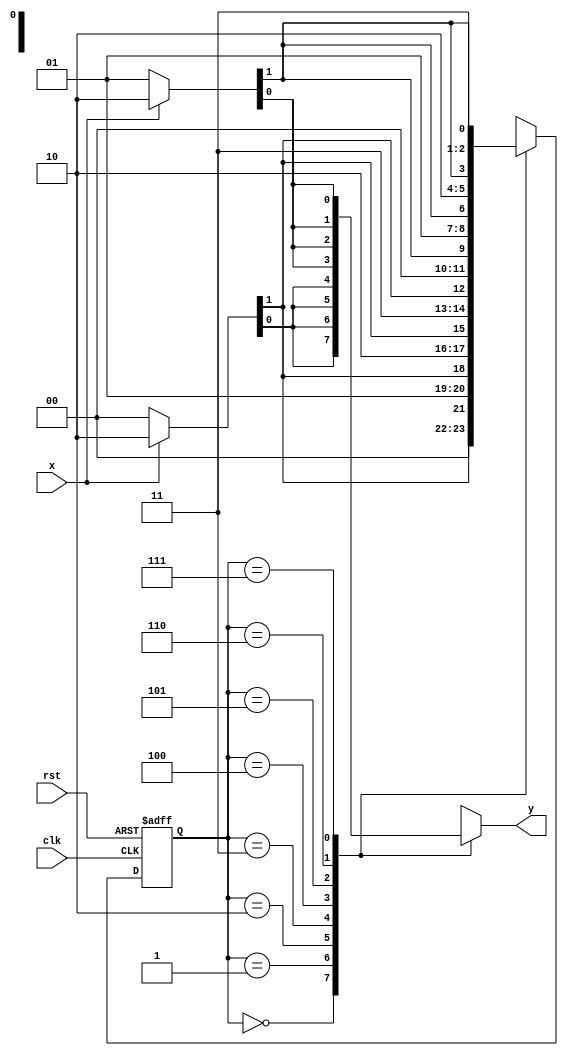
module pattern_1XX0
(input clk,rst,x,
output reg y);

reg [2:0]ps,ns;
parameter gN = 3'b000,
		g1 = 3'b001,
		g10 = 3'b010,
		g11 = 3'b011,
		g100 = 3'b100,
		g101 = 3'b101,
		g110 = 3'b110,
		g111 = 3'b111;

always @(posedge clk, negedge rst)
begin
	if(!rst)
		ps <= gN;
	else
		ps <= ns;
end

always @(x,ps)
begin
	case(ps)
		gN : begin
				if(x)
					{ns,y} = {g1,1'b0};
				else
					{ns,y} = {gN,1'b0};
			 end
		g1 : begin
				if(x)
					{ns,y} = {g11,1'b0};
				else
					{ns,y} = {g10,1'b0};
			 end
		g10 : begin
				if(x)
					{ns,y} = {g101,1'b0};
				else
					{ns,y} = {g100,1'b0};
			 end
		g11 : begin
				if(x)
					{ns,y} = {g111,1'b0};
				else
					{ns,y} = {g110,1'b0};
			 end
		g100 :begin
				if(x)
					{ns,y} = {g1,1'b0};
				else
					{ns,y} = {gN,1'b1};
			 end
		g101 : begin
				if(x)
					{ns,y} = {g11,1'b0};
				else
					{ns,y} = {g10,1'b1};
			 end
		g110 : begin
				if(x)
					{ns,y} = {g101,1'b0};
				else
					{ns,y} = {g100,1'b1};
			 end
		g111 : begin
				if(x)
					{ns,y} = {g111,1'b0};
				else
					{ns,y} = {g110,1'b1};
			 end
	endcase
end

endmodule